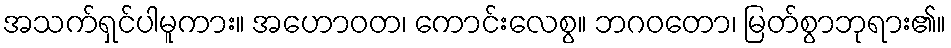
အသက်ရှင်ပါမူကား။ အဟောဝတ၊ ကောင်းလေစွ။ ဘဂဝတော၊ မြတ်စွာဘုရား၏။